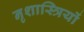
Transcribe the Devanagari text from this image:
नृशास्त्रियों